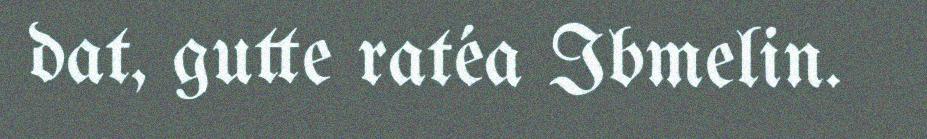
dat, gutte ratéa Ibmelin.